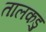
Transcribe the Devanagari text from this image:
तालकडु